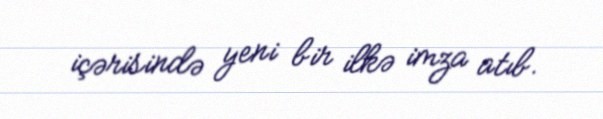
içərisində yeni bir ilkə imza atıb.